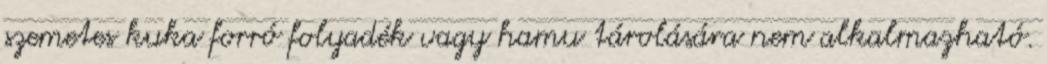
szemetes kuka forró folyadék vagy hamu tárolására nem alkalmazható.